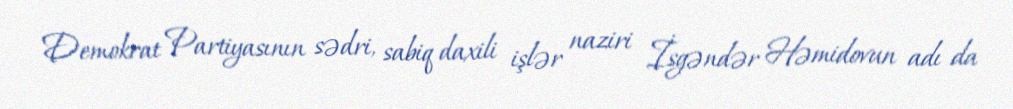
Demokrat Partiyasının sədri, sabiq daxili işlər naziri İsgəndər Həmidovun adı da